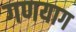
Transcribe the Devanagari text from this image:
गणयाग